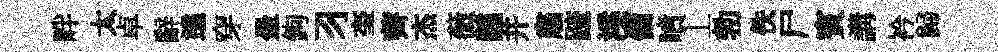
畔太卓辭遶穿暈鉤习奎薺杰薇醺并肅䟽溪備噴丄勃佚尸賓講衿歸